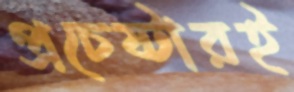
প্রচেষ্টারই